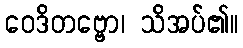
ဝေဒိတဗ္ဗော၊ သိအပ်၏။